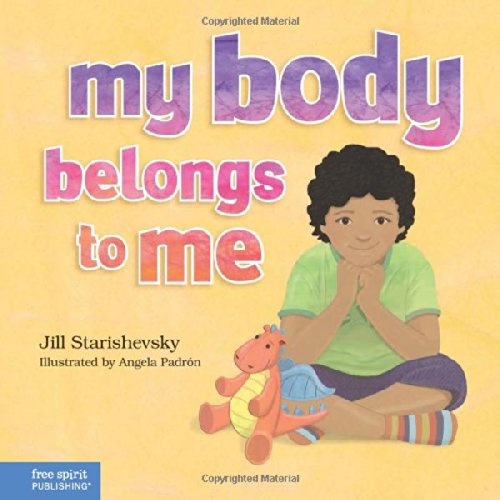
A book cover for My Body Belongs to Me: A book about body safety; Jill Starishevsky; Parenting & Relationships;